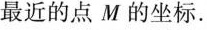
最近的点M的坐标。